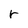
Character: r